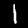
Digit: 1